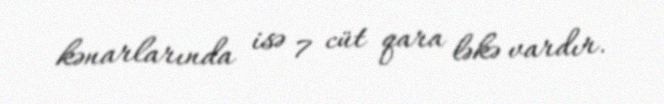
kənarlarında isə 7 cüt qara ləkə vardır.